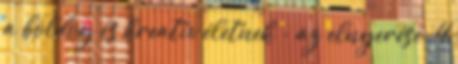
a boldog és kreatív életnek - az elnyerése. 4